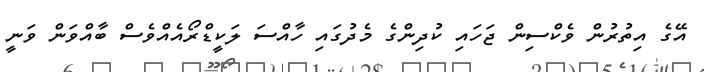
އޭގެ އިތުރުން ވެކްސިން ޖަހައި ކުދިންގެ މެދުގައި ހާއްސަ ލަކީޑްރޯއެއްވެސް ބާއްވަން ވަނީ